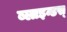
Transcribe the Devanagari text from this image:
ब्लाइन्डस्